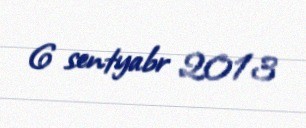
6 sentyabr 2013